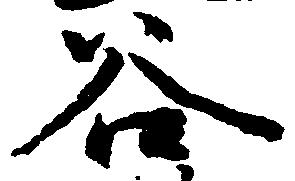
谷